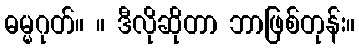
ဓမ္မဂုတ်။ ။ ဒီလိုဆိုတာ ဘာဖြစ်တုန်း။